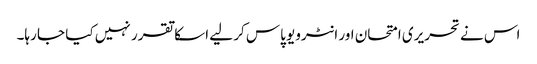
اس نے تحریری امتحان اور انٹرویو پاس کر لیے اسکا تقرر نہیں کیا جا رہا۔